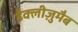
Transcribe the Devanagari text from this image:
डैक्लीज़ुमैब